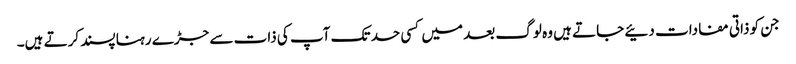
جن کو ذاتی مفادات دئیے جاتے ہیں وہ لوگ بعد میں کسی حد تک آپ کی ذات سے جڑے رہنا پسند کرتے ہیں۔